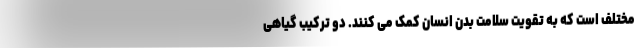
مختلف است که به تقویت سلامت بدن انسان کمک می کنند. دو ترکیب گیاهی